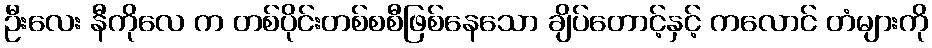
ဦးလေး နီကိုလေ က တစ်ပိုင်းတစ်စစီဖြစ်နေသော ချိပ်တောင့်နှင့် ကလောင် တံများကို